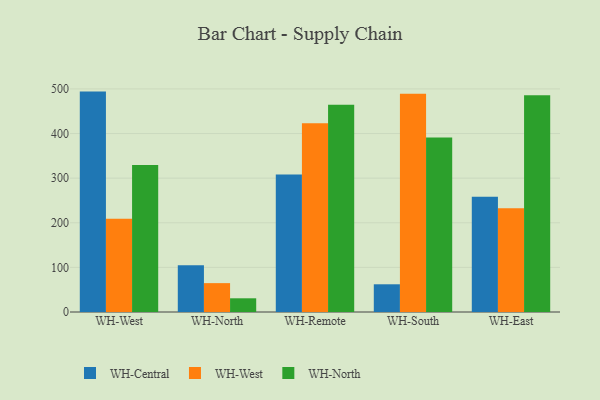
{"axis": {"x": "Warehouse", "y": "Headcount"}, "legend": ["WH-Central", "WH-North", "WH-West"], "data": [{"x": "WH-West", "y": 494.0, "type": "WH-Central"}, {"x": "WH-West", "y": 209.0, "type": "WH-West"}, {"x": "WH-West", "y": 329.7, "type": "WH-North"}, {"x": "WH-North", "y": 105.0, "type": "WH-Central"}, {"x": "WH-North", "y": 64.7, "type": "WH-West"}, {"x": "WH-North", "y": 30.7, "type": "WH-North"}, {"x": "WH-Remote", "y": 308.0, "type": "WH-Central"}, {"x": "WH-Remote", "y": 423.0, "type": "WH-West"}, {"x": "WH-Remote", "y": 464.3, "type": "WH-North"}, {"x": "WH-South", "y": 62.1, "type": "WH-Central"}, {"x": "WH-South", "y": 489.4, "type": "WH-West"}, {"x": "WH-South", "y": 391.0, "type": "WH-North"}, {"x": "WH-East", "y": 258.2, "type": "WH-Central"}, {"x": "WH-East", "y": 232.8, "type": "WH-West"}, {"x": "WH-East", "y": 486.0, "type": "WH-North"}]}